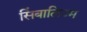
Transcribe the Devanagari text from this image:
सिंबालिज्म